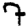
Digit: 7